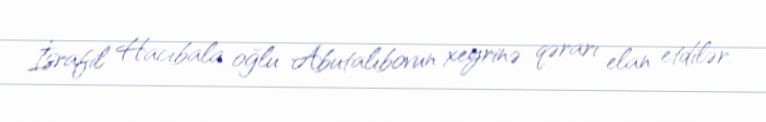
İsrafil Hacıbala oğlu Abutalıbovun xeyrinə qərarı elan etdilər.